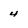
Character: 4